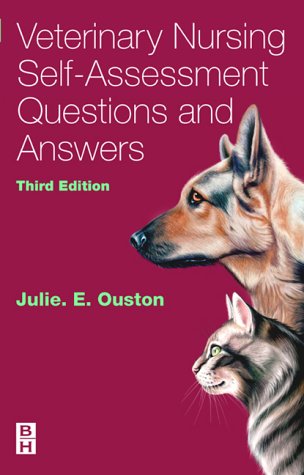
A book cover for Veterinary Nursing Self-Assessment, 3e; Julie Elizabeth Ouston MA  Vet MB  MRCVS  PGCE; Medical Books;